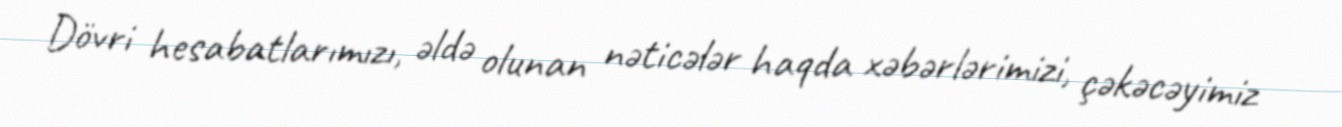
Dövri hesabatlarımızı, əldə olunan nəticələr haqda xəbərlərimizi, çəkəcəyimiz